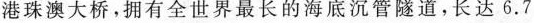
港珠澳大桥，拥有全世界最长的海底沉管隧道。长达 6. 7